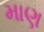
માણ